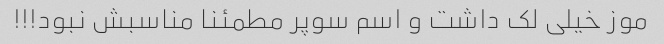
موز خیلی لک داشت و اسم سوپر مطمئنا مناسبش نبود!!!